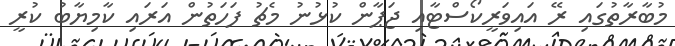
މުބާރާތުގައި ރޭ އައިވަރީކޯސްޓާއި ޖަޕާން ކުޅުނު މެޗު ފަހަތުން އަރައި ކާމިޔާބު ކުރީ